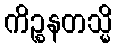
ကိဉ္စနတသ္မိ